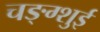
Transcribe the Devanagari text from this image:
चङ्ग्शुई